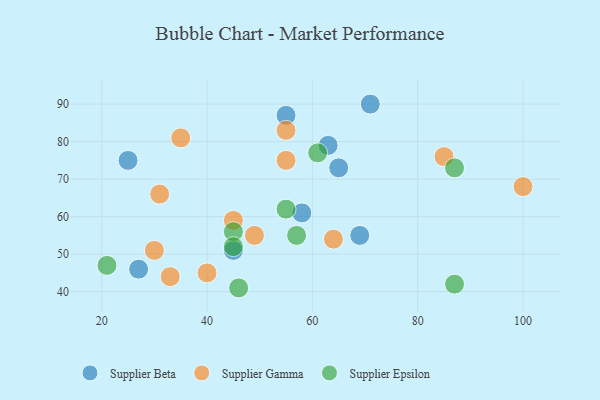
{"axis": {"x": "GDP", "y": "Life Expectancy"}, "legend": ["Supplier Beta", "Supplier Epsilon", "Supplier Gamma"], "data": [{"x": "71", "y": 90, "type": "Supplier Beta"}, {"x": "25", "y": 75, "type": "Supplier Beta"}, {"x": "65", "y": 73, "type": "Supplier Beta"}, {"x": "55", "y": 87, "type": "Supplier Beta"}, {"x": "69", "y": 55, "type": "Supplier Beta"}, {"x": "58", "y": 61, "type": "Supplier Beta"}, {"x": "63", "y": 79, "type": "Supplier Beta"}, {"x": "27", "y": 46, "type": "Supplier Beta"}, {"x": "45", "y": 51, "type": "Supplier Beta"}, {"x": "49", "y": 55, "type": "Supplier Gamma"}, {"x": "100", "y": 68, "type": "Supplier Gamma"}, {"x": "45", "y": 59, "type": "Supplier Gamma"}, {"x": "85", "y": 76, "type": "Supplier Gamma"}, {"x": "35", "y": 81, "type": "Supplier Gamma"}, {"x": "55", "y": 83, "type": "Supplier Gamma"}, {"x": "33", "y": 44, "type": "Supplier Gamma"}, {"x": "40", "y": 45, "type": "Supplier Gamma"}, {"x": "55", "y": 75, "type": "Supplier Gamma"}, {"x": "64", "y": 54, "type": "Supplier Gamma"}, {"x": "31", "y": 66, "type": "Supplier Gamma"}, {"x": "30", "y": 51, "type": "Supplier Gamma"}, {"x": "87", "y": 42, "type": "Supplier Epsilon"}, {"x": "55", "y": 62, "type": "Supplier Epsilon"}, {"x": "45", "y": 56, "type": "Supplier Epsilon"}, {"x": "21", "y": 47, "type": "Supplier Epsilon"}, {"x": "87", "y": 73, "type": "Supplier Epsilon"}, {"x": "46", "y": 41, "type": "Supplier Epsilon"}, {"x": "57", "y": 55, "type": "Supplier Epsilon"}, {"x": "45", "y": 52, "type": "Supplier Epsilon"}, {"x": "61", "y": 77, "type": "Supplier Epsilon"}]}